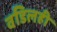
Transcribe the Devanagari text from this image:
वडिलही